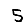
Digit: 5